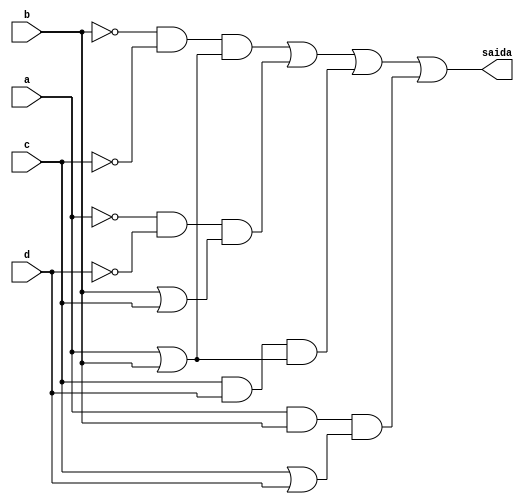
// Nome: Silvino Henrique Santos de Souza
// Matrcula: 412773

module metodoprovaf ( saida,a,b,c,d );

output saida;
input a,b,c,d;
wire temp1,temp2,temp3,temp4,temp5,temp6,temp7,temp8,temp9,temp10,temp11,temp12;
wire temp13,temp14,temp15,temp16;



not NOT1 (temp1,b);
not NOT2 (temp2,c);
and AND1 (temp3,temp1,temp2);
or OR1   (temp4,a,b);
and AND2 (temp5,temp3,temp4);
not NOT3 (temp6,a);
not NOT4 (temp7,d);
and AND3 (temp8,temp6,temp7);
or OR2   (temp9,b,c);
and AND4 (temp10,temp8,temp9);
and AND5 (temp11,c,d);
or OR3   (temp12,a,b);
and AND6 (temp13,temp11,temp12);
and AND7 (temp14,a,b);
or OR4   (temp15,c,d);
and AND8 (temp16,temp14,temp15);
or OR5   (saida,temp5,temp10,temp13,temp16);


endmodule
 
module testprova1;
reg a,b,c,d;
wire saida;

metodoprovaf PROVAF ( saida,a,b,c,d );

initial begin:start
        a=0; b=0; c=0; d=0;
end

initial begin: main
#1 $display (" Circuito da questao f da prova ");
#1 $display (" a |  b |  c |  d  =  saida ");
  $monitor (" %b  | %b  | %b |  %b  =   %b ",a,b,c,d,saida);
           #1 a=0;    b=0;   c=0;   d=1;
			  #1 a=0;    b=0;   c=1;   d=0;
			  #1 a=0;    b=0;   c=1;   d=1;
			  #1 a=0;    b=1;   c=0;   d=0;
			  #1 a=0;    b=1;   c=0;   d=1;
			  #1 a=0;    b=1;   c=1;   d=0;
			  #1 a=0;    b=1;   c=1;   d=1;
			  #1 a=1;    b=0;   c=0;   d=0;
			  #1 a=1;    b=0;   c=0;   d=1;
			  #1 a=1;    b=0;   c=1;   d=0;
			  #1 a=1;    b=0;   c=1;   d=1;
			  #1 a=1;    b=1;   c=0;   d=0;
			  #1 a=1;    b=1;   c=0;   d=1;
			  #1 a=1;    b=1;   c=1;   d=0;
			  #1 a=1;    b=1;   c=1;   d=1;
			  
			  
			  
end
endmodule